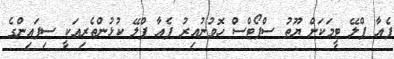
ފެއާ ޕްލޭ ޓީމަކަށް ޔޫތު ސްޕޯޓްސް ހޮވުނުއިރު ފެއާ ޕްލޭ ކުޅުންތެރިއަކީ ސިފައިންގެ